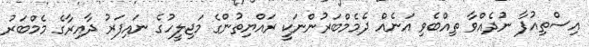
އިސްތިއުފާ ނުދެއްވާ ތިއްބެވި އަނެއް ދެމެމްބަރުންނަކީ ރައްޔިތުންގެ މަޖިލީހުގެ ނައިފަރު ދާއިރާގެ މެމްބަރު